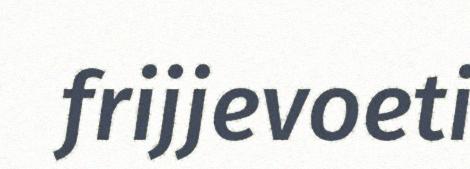
frijjevoeti